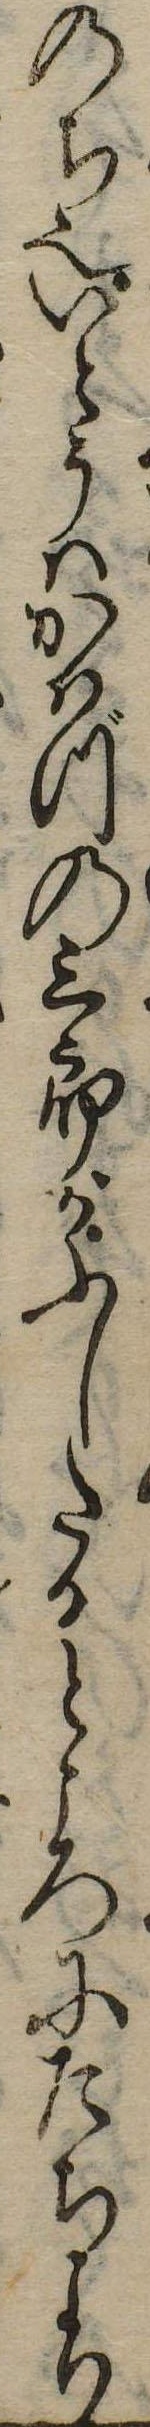
のち也いとうはかはづの三郎がふしたるところにたちより